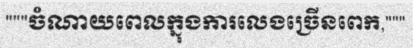
"""ចំណាយពេលក្នុងការលេងច្រើនពេក,"""